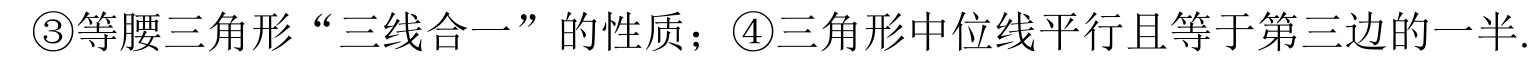
\textcircled{3}等腰三角形“三线合一”的性质；\textcircled{4}三角形中位线平行且等于第三边的一半.